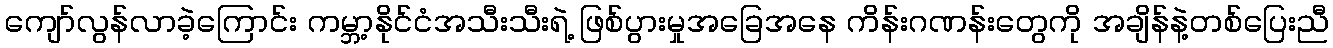
ကျော်လွန်လာခဲ့ကြောင်း ကမ္ဘာ့နိုင်ငံအသီးသီးရဲ့ ဖြစ်ပွားမှုအခြေအနေ ကိန်းဂဏန်းတွေကို အချိန်နဲ့တစ်ပြေးညီ